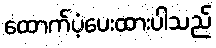
ထောက်ပံ့ပေးထားပါသည်